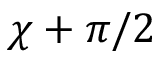
\chi + \pi / 2